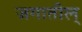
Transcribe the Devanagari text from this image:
जगातील्